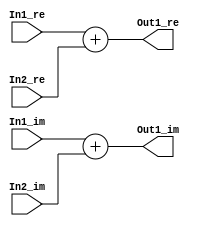
// -------------------------------------------------------------
// 
// 
// Generated by MATLAB 9.8 and HDL Coder 3.16
// 
// -------------------------------------------------------------


// -------------------------------------------------------------
// 
// Module: Complex_Sum3_block27
// Source Path: newhope_cambios/FDHT/DFT_2/DFT5-block_IDFT/DFT5-column 1/DFT5-4/Complex-Sum3
// Hierarchy Level: 5
// 
// -------------------------------------------------------------

`timescale 1 ns / 1 ns

module Complex_Sum3_block27
          (In1_re,
           In1_im,
           In2_re,
           In2_im,
           Out1_re,
           Out1_im);


  input   signed [36:0] In1_re;  // sfix37_En22
  input   signed [36:0] In1_im;  // sfix37_En22
  input   signed [36:0] In2_re;  // sfix37_En22
  input   signed [36:0] In2_im;  // sfix37_En22
  output  signed [36:0] Out1_re;  // sfix37_En22
  output  signed [36:0] Out1_im;  // sfix37_En22


  wire signed [36:0] Sum_out1;  // sfix37_En22
  wire signed [36:0] Sum1_out1;  // sfix37_En22


  assign Sum_out1 = In1_re + In2_re;



  assign Out1_re = Sum_out1;

  assign Sum1_out1 = In1_im + In2_im;



  assign Out1_im = Sum1_out1;

endmodule  // Complex_Sum3_block27